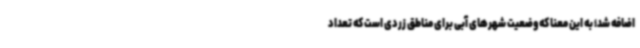
اضافه شد؛ به این معنا که وضعیت شهرهای آبی برای مناطق زردی است که تعداد